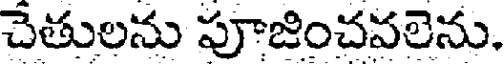
చేతులను పూజించవలెను.